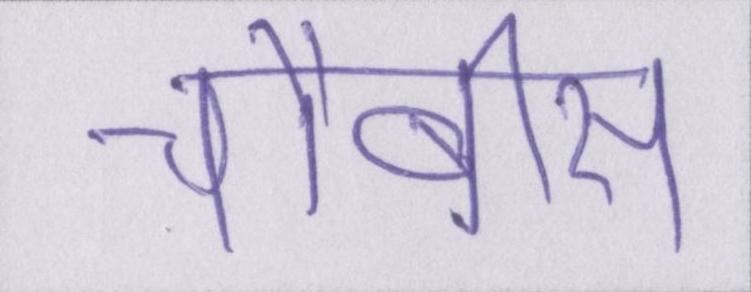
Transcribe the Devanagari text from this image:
चौबीस